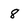
Character: 8